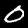
Label: 0